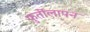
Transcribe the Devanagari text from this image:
फुर्तीलापन